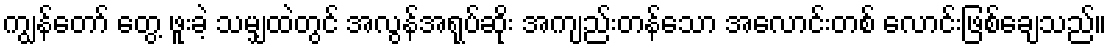
ကျွန်တော် တွေ့ ဖူးခဲ့ သမျှထဲတွင် အလွန်အရုပ်ဆိုး အကျည်းတန်သော အလောင်းတစ် လောင်းဖြစ်ချေသည်။